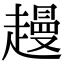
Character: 䟂